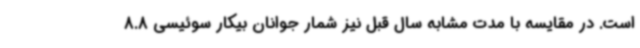
است. در مقایسه با مدت مشابه سال قبل نیز شمار جوانان بیکار سوئیسی 8.8